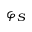
\varphi _ { S }